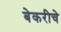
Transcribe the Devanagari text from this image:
बेकरीचे